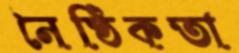
নৈষ্ঠিকতা